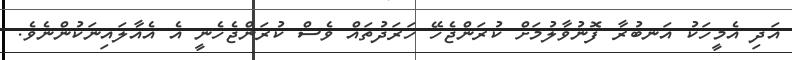
އަދި އެމީހަކު އަނބުރާ ފޮނުވާލުމަށް ކުރަންޖެހޭ ހަރަދުތައް ވެސް ކުރަންޖެހެނީ އެ އެއާލައިނަކުންނެވެ.